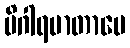
မိဂါရမာတာပေ